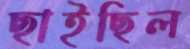
ছাইছিল